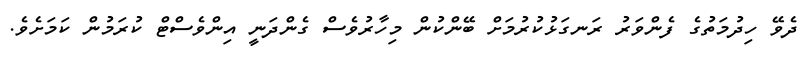
ދެވޭ ހިދުމަތުގެ ފެންވަރު ރަނގަޅުކުރުމަށް ބޭންކުން މިހާރުވެސް ގެންދަނީ އިންވެސްޓް ކުރަމުން ކަމަށެވެ.